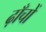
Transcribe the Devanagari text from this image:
ढ़ाँचों